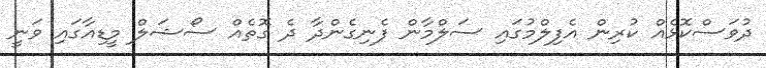
ދުވަސްކޮޅެއް ކުރިން އެފިލްމުގައި ސަލްމާން ފެނިގެންދާ ދެ ގޮތެއް ސޯޝަލް މީޑިއާގައި ވަނީ